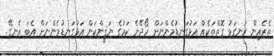
ތެރެއިން ރަނގަޅު ގޮތްތަކެއް އަޅުގަނޑުމެންނަށް ހޯދޭނެ ކަމުގެ ޔަޤީންކަން އަޅުގަނޑުމެންނަށް އެބަ އެނގޭ.